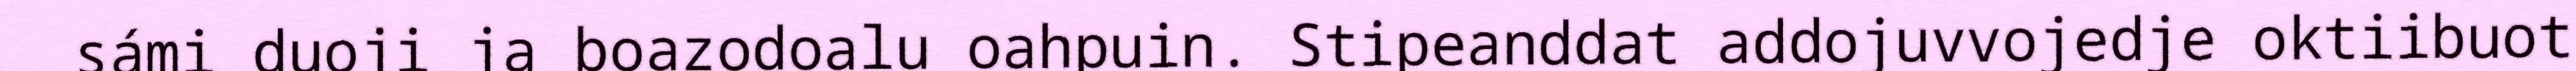
sámi duoji ja boazodoalu oahpuin. Stipeanddat addojuvvojedje oktiibuot